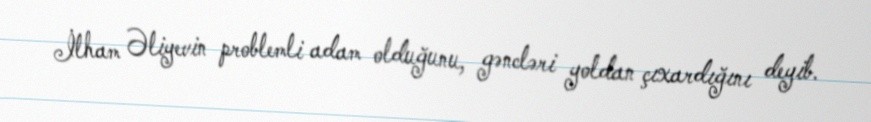
İlham Əliyevin problemli adam olduğunu, gəncləri yoldan çıxardığını deyib.